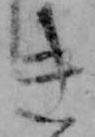
き